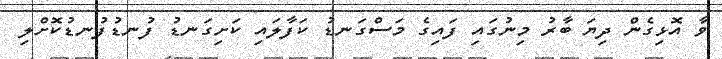
ވާ އޮޅިގެން ދިޔަ ބާރު މިނުގައި ފައިގެ މަސްގަނޑު ކަފާލައި ކަށިގަނޑު ފުނޑުފުނޑުކޮށްލި